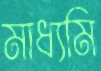
মাধ্যমি